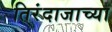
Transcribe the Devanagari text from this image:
तिरंदाजाच्या